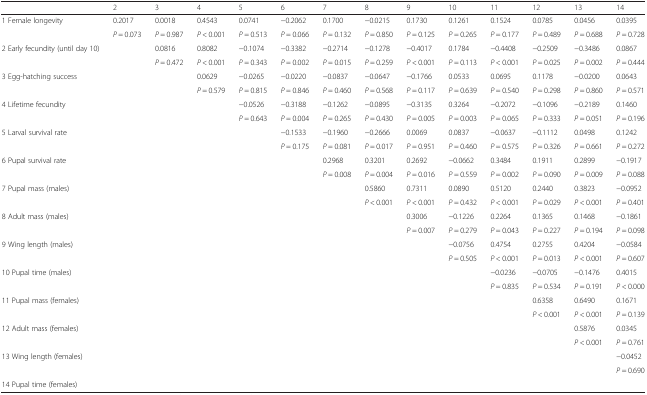
<table><thead><tr><td></td><td><b>2</b></td><td><b>3</b></td><td><b>4</b></td><td><b>5</b></td><td><b>6</b></td><td><b>7</b></td><td><b>8</b></td><td><b>9</b></td><td><b>10</b></td><td><b>11</b></td><td><b>12</b></td><td><b>13</b></td><td><b>14</b></td></tr></thead><tbody><tr><td>1 Female longevity</td><td>0.2017</td><td>0.0018</td><td>0.4543</td><td>0.0741</td><td>−0.2062</td><td>0.1700</td><td>−0.0215</td><td>0.1730</td><td>0.1261</td><td>0.1524</td><td>0.0785</td><td>0.0456</td><td>0.0395</td></tr><tr><td></td><td><i>P</i> = 0.073</td><td><i>P</i> = 0.987</td><td><i>P</i> &lt; 0.001</td><td><i>P</i> = 0.513</td><td><i>P</i> = 0.066</td><td><i>P</i> = 0.132</td><td><i>P</i> = 0.850</td><td><i>P</i> = 0.125</td><td><i>P</i> = 0.265</td><td><i>P</i> = 0.177</td><td><i>P</i> = 0.489</td><td><i>P</i> = 0.688</td><td><i>P</i> = 0.728</td></tr><tr><td>2 Early fecundity (until day 10)</td><td></td><td>0.0816</td><td>0.8082</td><td>−0.1074</td><td>−0.3382</td><td>−0.2714</td><td>−0.1278</td><td>−0.4017</td><td>0.1784</td><td>−0.4408</td><td>−0.2509</td><td>−0.3486</td><td>0.0867</td></tr><tr><td></td><td></td><td><i>P</i> = 0.472</td><td><i>P</i> &lt; 0.001</td><td><i>P</i> = 0.343</td><td><i>P</i> = 0.002</td><td><i>P</i> = 0.015</td><td><i>P</i> = 0.259</td><td><i>P</i> &lt; 0.001</td><td><i>P</i> = 0.113</td><td><i>P</i> &lt; 0.001</td><td><i>P</i> = 0.025</td><td><i>P</i> = 0.002</td><td><i>P</i> = 0.444</td></tr><tr><td>3 Egg-hatching success</td><td></td><td></td><td>0.0629</td><td>−0.0265</td><td>−0.0220</td><td>−0.0837</td><td>−0.0647</td><td>−0.1766</td><td>0.0533</td><td>0.0695</td><td>0.1178</td><td>−0.0200</td><td>0.0643</td></tr><tr><td></td><td></td><td></td><td><i>P</i> = 0.579</td><td><i>P</i> = 0.815</td><td><i>P</i> = 0.846</td><td><i>P</i> = 0.460</td><td><i>P</i> = 0.568</td><td><i>P</i> = 0.117</td><td><i>P</i> = 0.639</td><td><i>P</i> = 0.540</td><td><i>P</i> = 0.298</td><td><i>P</i> = 0.860</td><td><i>P</i> = 0.571</td></tr><tr><td>4 Lifetime fecundity</td><td></td><td></td><td></td><td>−0.0526</td><td>−0.3188</td><td>−0.1262</td><td>−0.0895</td><td>−0.3135</td><td>0.3264</td><td>−0.2072</td><td>−0.1096</td><td>−0.2189</td><td>0.1460</td></tr><tr><td></td><td></td><td></td><td></td><td><i>P</i> = 0.643</td><td><i>P</i> = 0.004</td><td><i>P</i> = 0.265</td><td><i>P</i> = 0.430</td><td><i>P</i> = 0.005</td><td><i>P</i> = 0.003</td><td><i>P</i> = 0.065</td><td><i>P</i> = 0.333</td><td><i>P</i> = 0.051</td><td><i>P</i> = 0.196</td></tr><tr><td>5 Larval survival rate</td><td></td><td></td><td></td><td></td><td>−0.1533</td><td>−0.1960</td><td>−0.2666</td><td>0.0069</td><td>0.0837</td><td>−0.0637</td><td>−0.1112</td><td>0.0498</td><td>0.1242</td></tr><tr><td></td><td></td><td></td><td></td><td></td><td><i>P</i> = 0.175</td><td><i>P</i> = 0.081</td><td><i>P</i> = 0.017</td><td><i>P</i> = 0.951</td><td><i>P</i> = 0.460</td><td><i>P</i> = 0.575</td><td><i>P</i> = 0.326</td><td><i>P</i> = 0.661</td><td><i>P</i> = 0.272</td></tr><tr><td>6 Pupal survival rate</td><td></td><td></td><td></td><td></td><td></td><td>0.2968</td><td>0.3201</td><td>0.2692</td><td>−0.0662</td><td>0.3484</td><td>0.1911</td><td>0.2899</td><td>−0.1917</td></tr><tr><td></td><td></td><td></td><td></td><td></td><td></td><td><i>P</i> = 0.008</td><td><i>P</i> = 0.004</td><td><i>P</i> = 0.016</td><td><i>P</i> = 0.559</td><td><i>P</i> = 0.002</td><td><i>P</i> = 0.090</td><td><i>P</i> = 0.009</td><td><i>P</i> = 0.088</td></tr><tr><td>7 Pupal mass (males)</td><td></td><td></td><td></td><td></td><td></td><td></td><td>0.5860</td><td>0.7311</td><td>0.0890</td><td>0.5120</td><td>0.2440</td><td>0.3823</td><td>−0.0952</td></tr><tr><td></td><td></td><td></td><td></td><td></td><td></td><td></td><td><i>P</i> &lt; 0.001</td><td><i>P</i> &lt; 0.001</td><td><i>P</i> = 0.432</td><td><i>P</i> &lt; 0.001</td><td><i>P</i> = 0.029</td><td><i>P</i> &lt; 0.001</td><td><i>P</i> = 0.401</td></tr><tr><td>8 Adult mass (males)</td><td></td><td></td><td></td><td></td><td></td><td></td><td></td><td>0.3006</td><td>−0.1226</td><td>0.2264</td><td>0.1365</td><td>0.1468</td><td>−0.1861</td></tr><tr><td></td><td></td><td></td><td></td><td></td><td></td><td></td><td></td><td><i>P</i> = 0.007</td><td><i>P</i> = 0.279</td><td><i>P</i> = 0.043</td><td><i>P</i> = 0.227</td><td><i>P</i> = 0.194</td><td><i>P</i> = 0.098</td></tr><tr><td>9 Wing length (males)</td><td></td><td></td><td></td><td></td><td></td><td></td><td></td><td></td><td>−0.0756</td><td>0.4754</td><td>0.2755</td><td>0.4204</td><td>−0.0584</td></tr><tr><td></td><td></td><td></td><td></td><td></td><td></td><td></td><td></td><td></td><td><i>P</i> = 0.505</td><td><i>P</i> &lt; 0.001</td><td><i>P</i> = 0.013</td><td><i>P</i> &lt; 0.001</td><td><i>P</i> = 0.607</td></tr><tr><td>10 Pupal time (males)</td><td></td><td></td><td></td><td></td><td></td><td></td><td></td><td></td><td></td><td>−0.0236</td><td>−0.0705</td><td>−0.1476</td><td>0.4015</td></tr><tr><td></td><td></td><td></td><td></td><td></td><td></td><td></td><td></td><td></td><td></td><td><i>P</i> = 0.835</td><td><i>P</i> = 0.534</td><td><i>P</i> = 0.191</td><td><i>P</i> &lt; 0.000</td></tr><tr><td>11 Pupal mass (females)</td><td></td><td></td><td></td><td></td><td></td><td></td><td></td><td></td><td></td><td></td><td>0.6358</td><td>0.6490</td><td>0.1671</td></tr><tr><td></td><td></td><td></td><td></td><td></td><td></td><td></td><td></td><td></td><td></td><td></td><td><i>P</i> &lt; 0.001</td><td><i>P</i> &lt; 0.001</td><td><i>P</i> = 0.139</td></tr><tr><td>12 Adult mass (females)</td><td></td><td></td><td></td><td></td><td></td><td></td><td></td><td></td><td></td><td></td><td></td><td>0.5876</td><td>0.0345</td></tr><tr><td></td><td></td><td></td><td></td><td></td><td></td><td></td><td></td><td></td><td></td><td></td><td></td><td><i>P</i> &lt; 0.001</td><td><i>P</i> = 0.761</td></tr><tr><td>13 Wing length (females)</td><td></td><td></td><td></td><td></td><td></td><td></td><td></td><td></td><td></td><td></td><td></td><td></td><td>−0.0452</td></tr><tr><td></td><td></td><td></td><td></td><td></td><td></td><td></td><td></td><td></td><td></td><td></td><td></td><td></td><td><i>P</i> = 0.690</td></tr><tr><td>14 Pupal time (females)</td><td></td><td></td><td></td><td></td><td></td><td></td><td></td><td></td><td></td><td></td><td></td><td></td><td></td></tr></tbody></table>